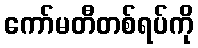
ကော်မတီတစ်ရပ်ကို